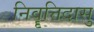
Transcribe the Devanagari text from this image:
निवॄत्तिदासु